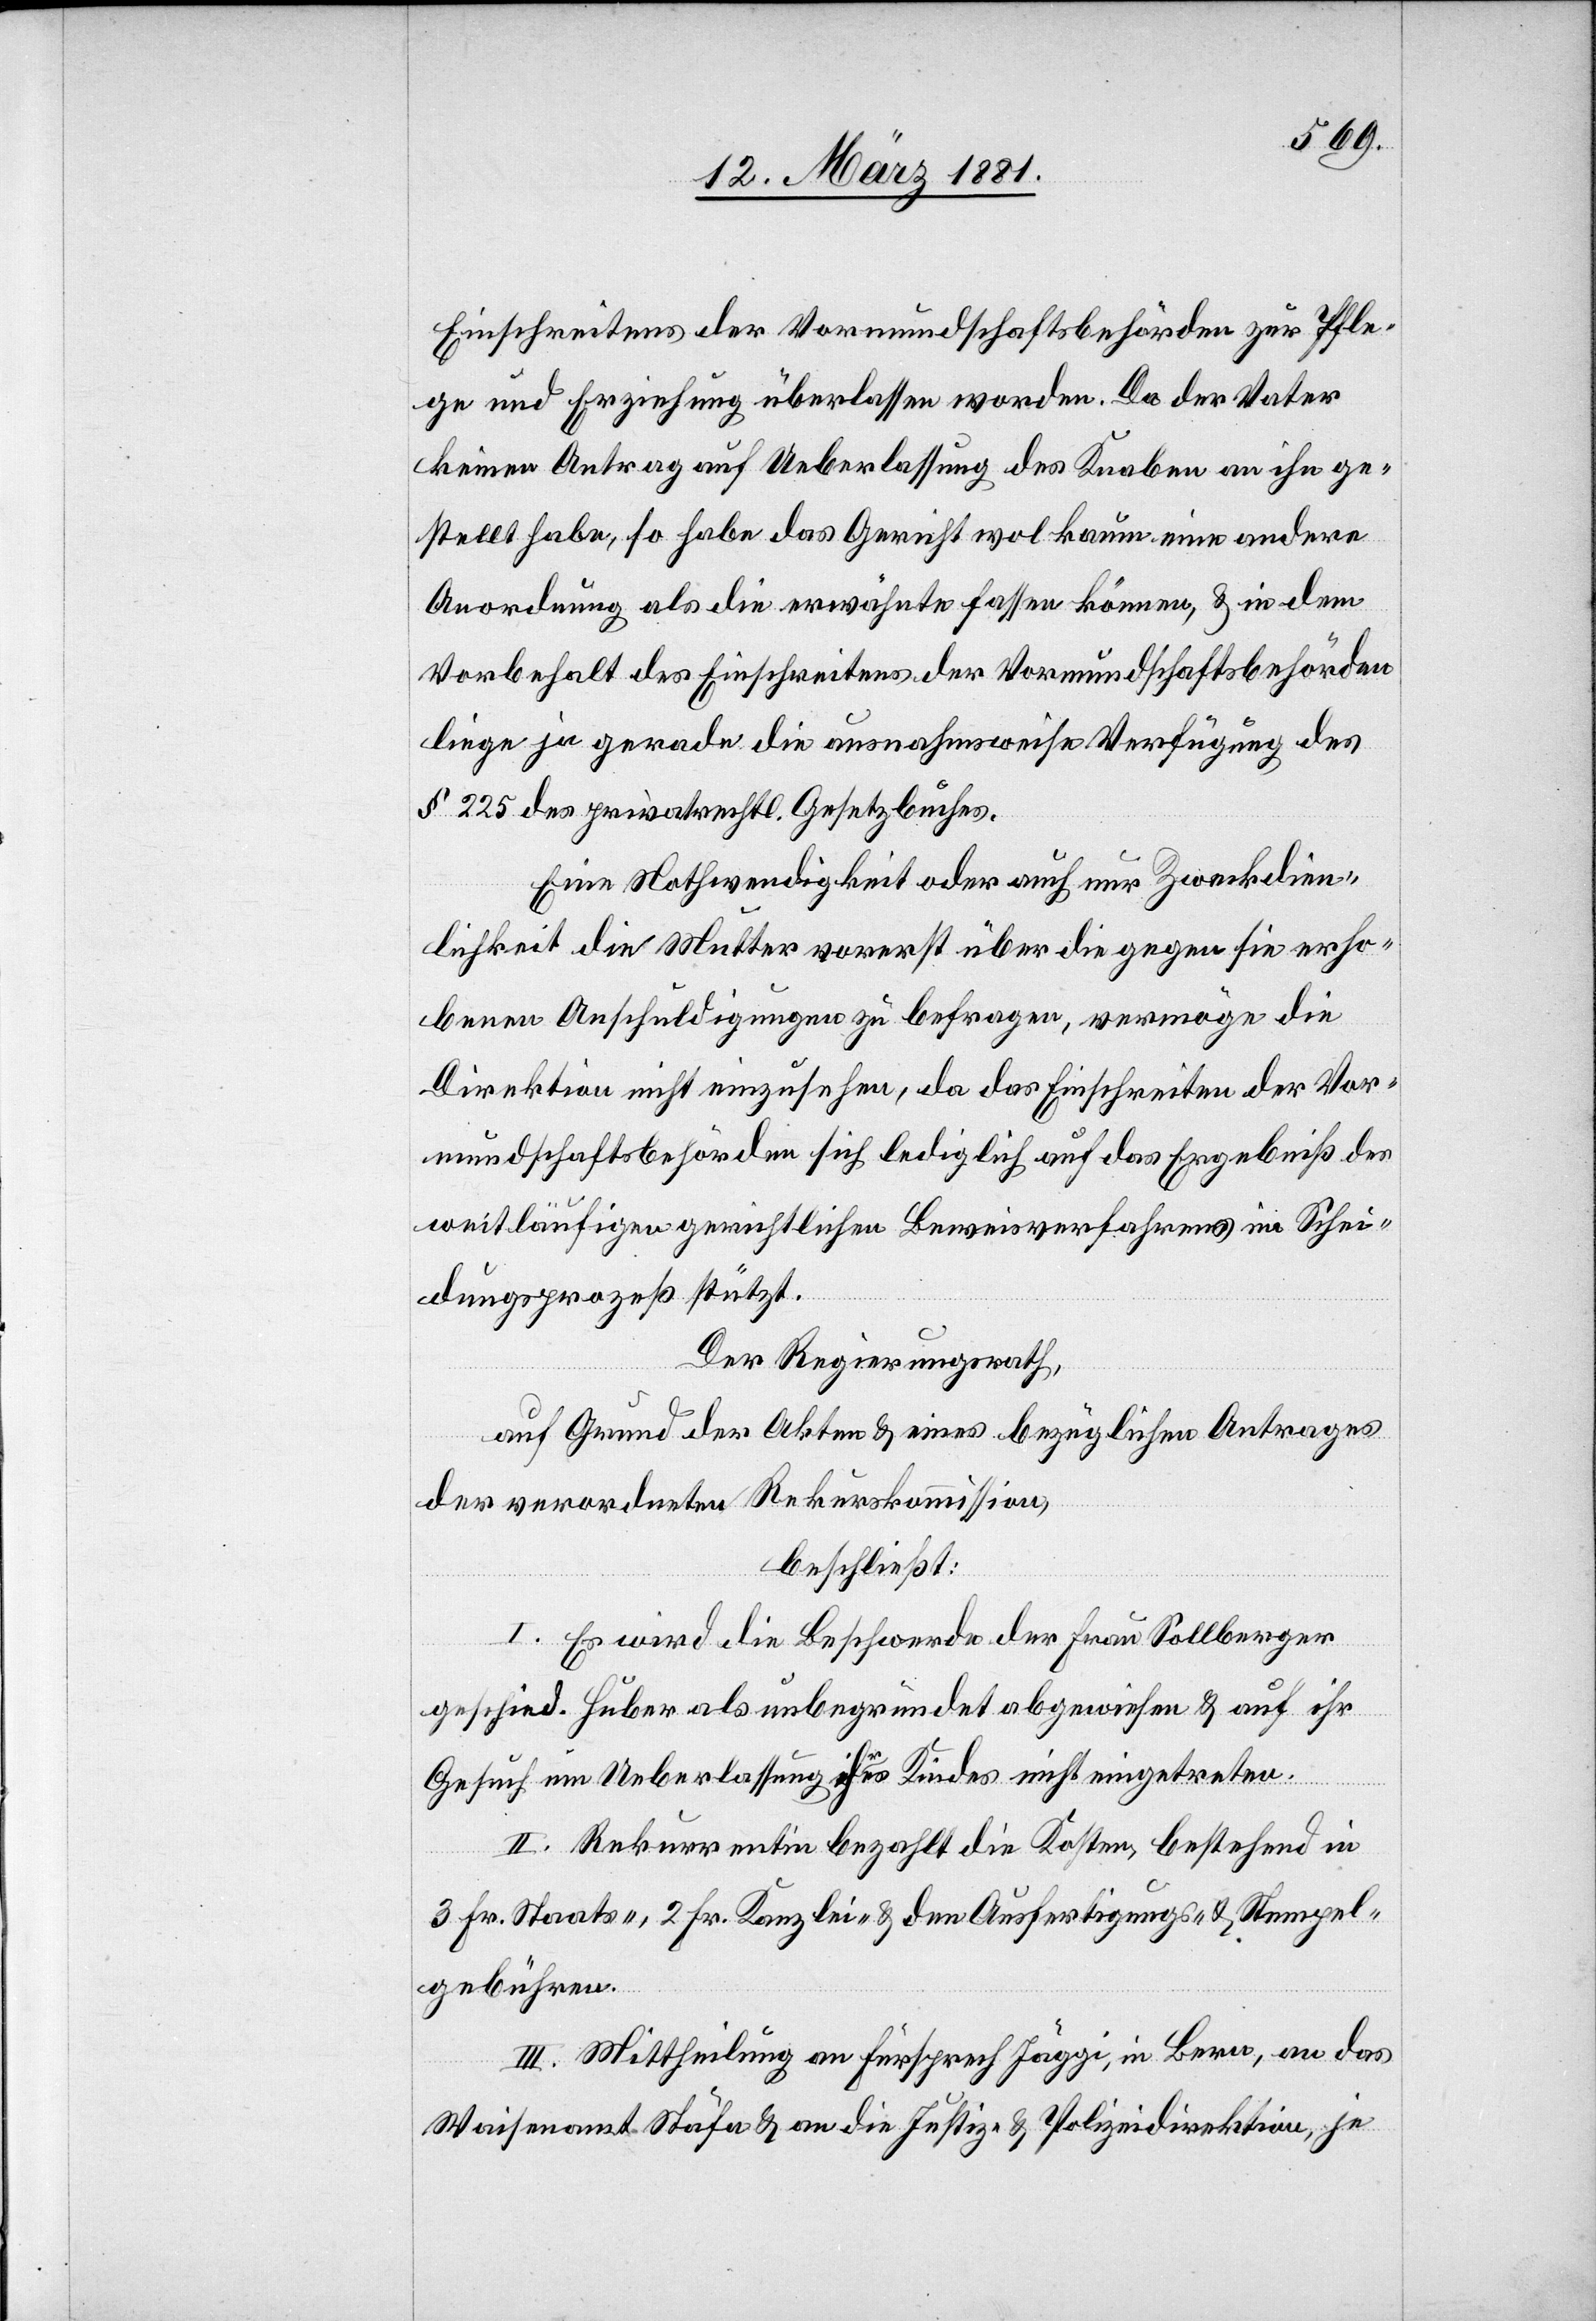
Einschreitens der Vormundschaftsbehörden zur Pfle¬
ge und Erziehung überlassen worden. Da der Vater
keinen Antrag auf Ueberlassung des Knaben an ihn ge¬
stellt habe, so habe das Gericht wol kaum eine andere
Anordnung als die erwähnte fassen können, & in dem
Vorbehalt des Einschreitens der Vormundschaftsbehörden
liege ja gerade die ausnahmsweise Verfügung des
§ 225 des privatrechtl. Gesetzbuches.
Eine Nothwendigkeit oder auch nur Zweckdien¬
lichkeit die Mutter vorerst über die gegen sie erho¬
benen Anschuldigungen zu befragen, vermöge die
Direktion nicht einzusehen, da das Einschreiten der Vor¬
mundschaftsbehörden sich lediglich auf das Ergebniß des
weitläufigen gerichtlichen Beweisverfahrens im Schei¬
dungsprozeß stützt.
Der Regierungsrath,
auf Grund der Akten & eines bezüglichen Antrages
der verordneten Rekurskommission,
beschließt:
I. Es wird die Beschwerde der Frau Sollberger
geschied. Huber als unbegründet abgewiesen & auf ihr
Gesuch um Ueberlassung Ihres Kindes nicht eingetreten.
II. Rekurrentin bezahlt die Kosten, bestehend in
3 Fr. Staats-, 2 Fr. Kanzlei- & den Ausfertigungs- & Stempel¬
gebühren.
III. Mittheilung an Fürsprech Jäggi, in Bern, an das
Waisenamt Stäfa & an die Justiz- & Polizeidirektion, je